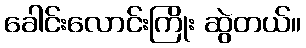
ခေါင်းလောင်းကြိုး ဆွဲတယ်။